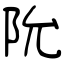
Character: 阭